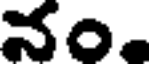
నం.